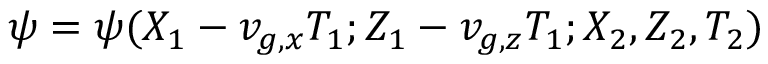
\psi = \psi ( X _ { 1 } - v _ { g , x } T _ { 1 } ; Z _ { 1 } - v _ { g , z } T _ { 1 } ; X _ { 2 } , Z _ { 2 } , T _ { 2 } )